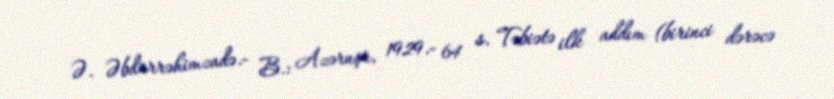
Ə. Əbdürrəhimzadə.- B.: Azərnşr, 1929.- 64 s. Təbiətə ilk addım (birinci dərəcə